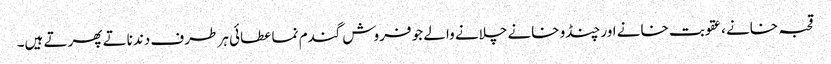
قحبہ خانے ،عقوبت خانے اور چنڈو خانے چلانے والے جو فروش گندم نما عطائی ہر طرف دندناتے پھرتے ہیں۔